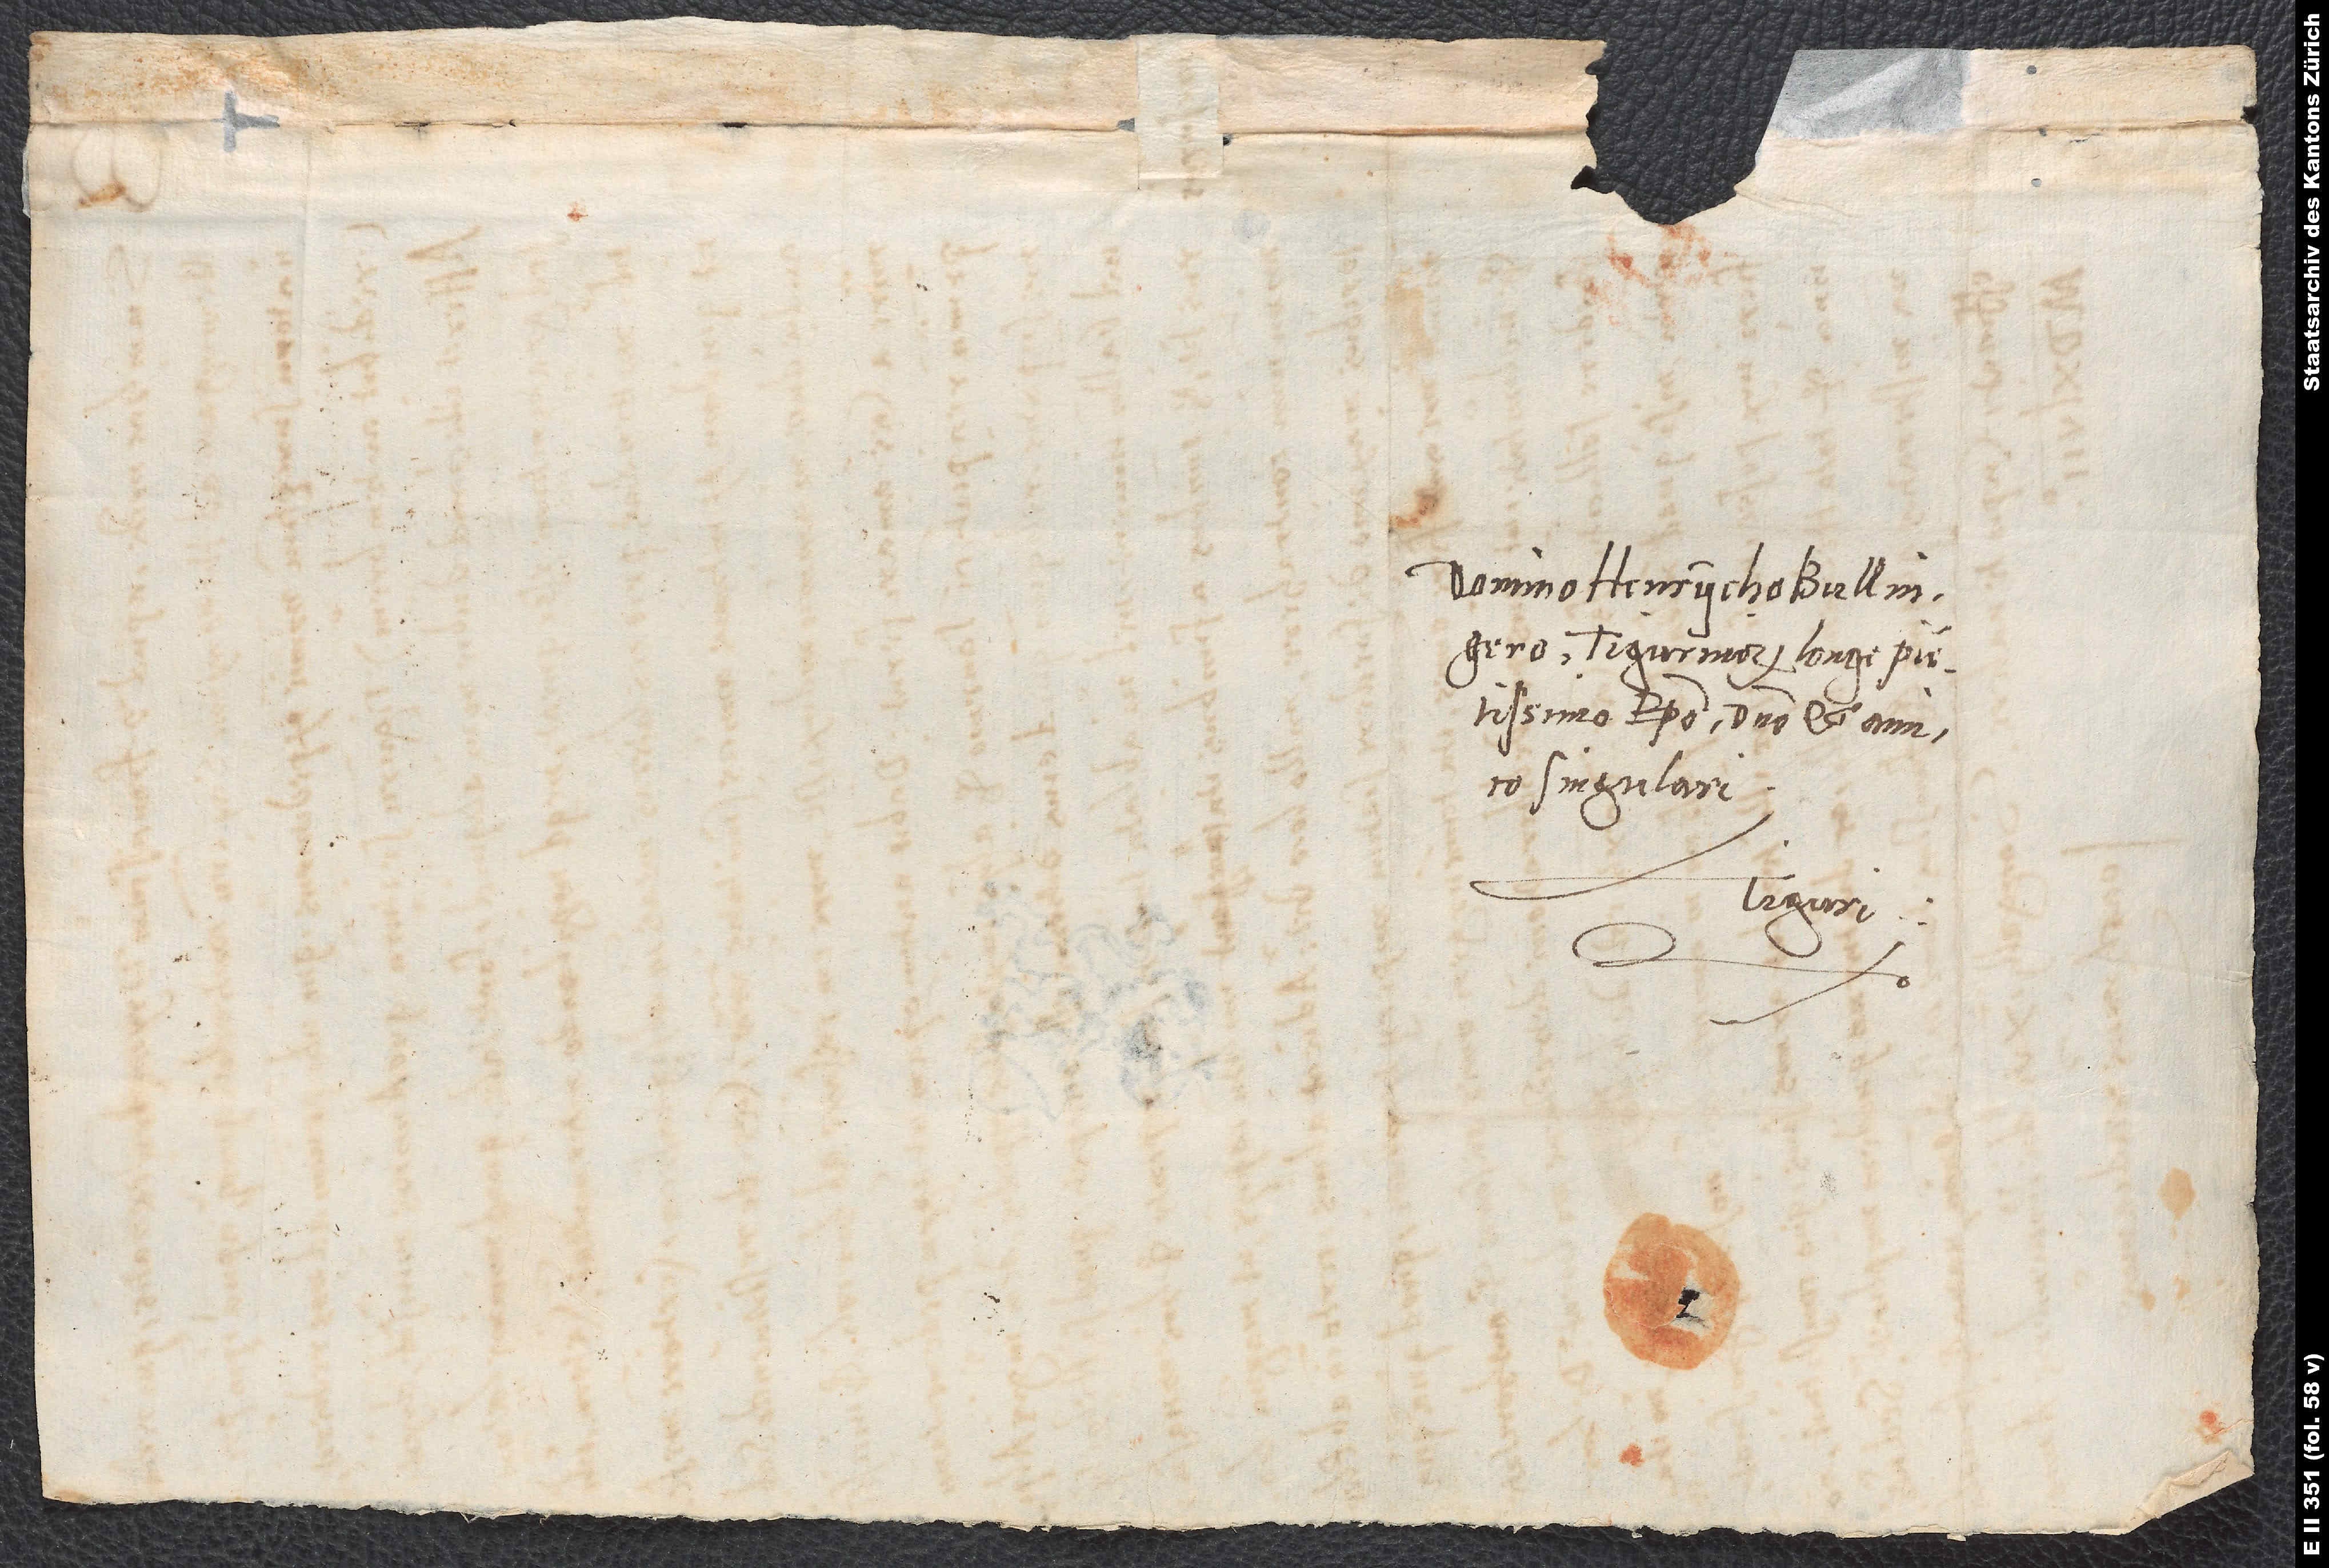
Domino Henrycho Bullingero,
Tigurinorum longe pientissimo
episcopo, domino et amico
singulari.
Tiguri.